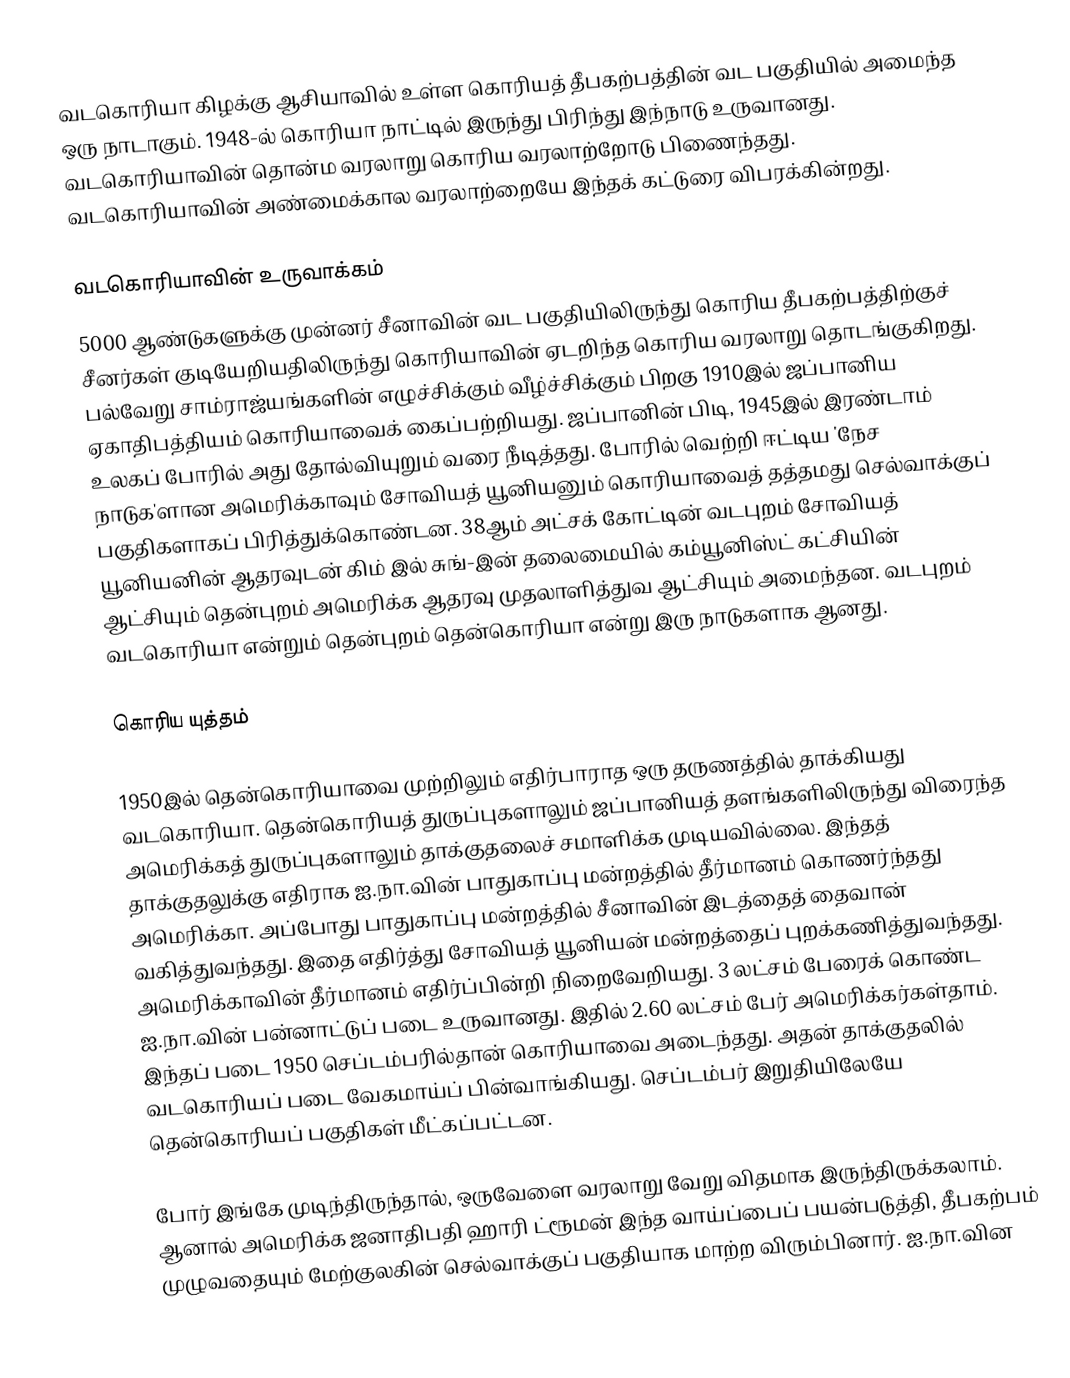
வடகொரியா கிழக்கு ஆசியாவில் உள்ள கொரியத் தீபகற்பத்தின் வட பகுதியில் அமைந்த ஒரு நாடாகும். 1948-ல் கொரியா நாட்டில் இருந்து பிரிந்து இந்நாடு உருவானது. வடகொரியாவின் தொன்ம வரலாறு கொரிய வரலாற்றோடு பிணைந்தது.  வடகொரியாவின் அண்மைக்கால வரலாற்றையே இந்தக் கட்டுரை விபரக்கின்றது.

வடகொரியாவின் உருவாக்கம்
5000 ஆண்டுகளுக்கு முன்னர் சீனாவின் வட பகுதியிலிருந்து கொரிய தீபகற்பத்திற்குச் சீனர்கள் குடியேறியதிலிருந்து கொரியாவின் ஏடறிந்த கொரிய வரலாறு தொடங்குகிறது. பல்வேறு சாம்ராஜ்யங்களின் எழுச்சிக்கும் வீழ்ச்சிக்கும் பிறகு 1910இல் ஜப்பானிய ஏகாதிபத்தியம் கொரியாவைக் கைப்பற்றியது. ஜப்பானின் பிடி, 1945இல் இரண்டாம் உலகப் போரில் அது தோல்வியுறும் வரை நீடித்தது. போரில் வெற்றி ஈட்டிய 'நேச நாடுக'ளான அமெரிக்காவும் சோவியத் யூனியனும் கொரியாவைத் தத்தமது செல்வாக்குப் பகுதிகளாகப் பிரித்துக்கொண்டன. 38ஆம் அட்சக் கோட்டின் வடபுறம் சோவியத் யூனியனின் ஆதரவுடன் கிம் இல் சுங்-இன் தலைமையில் கம்யூனிஸ்ட் கட்சியின் ஆட்சியும் தென்புறம் அமெரிக்க ஆதரவு முதலாளித்துவ ஆட்சியும் அமைந்தன.  வடபுறம் வடகொரியா என்றும் தென்புறம் தென்கொரியா என்று இரு நாடுகளாக ஆனது.

கொரிய யுத்தம்

1950இல் தென்கொரியாவை முற்றிலும் எதிர்பாராத ஒரு தருணத்தில் தாக்கியது வடகொரியா. தென்கொரியத் துருப்புகளாலும் ஜப்பானியத் தளங்களிலிருந்து விரைந்த அமெரிக்கத் துருப்புகளாலும் தாக்குதலைச் சமாளிக்க முடியவில்லை. இந்தத் தாக்குதலுக்கு எதிராக ஐ.நா.வின் பாதுகாப்பு மன்றத்தில் தீர்மானம் கொணர்ந்தது அமெரிக்கா. அப்போது பாதுகாப்பு மன்றத்தில் சீனாவின் இடத்தைத் தைவான் வகித்துவந்தது. இதை எதிர்த்து சோவியத் யூனியன் மன்றத்தைப் புறக்கணித்துவந்தது. அமெரிக்காவின் தீர்மானம் எதிர்ப்பின்றி நிறைவேறியது. 3 லட்சம் பேரைக் கொண்ட ஐ.நா.வின் பன்னாட்டுப் படை உருவானது. இதில் 2.60 லட்சம் பேர் அமெரிக்கர்கள்தாம். இந்தப் படை 1950 செப்டம்பரில்தான் கொரியாவை அடைந்தது. அதன் தாக்குதலில் வடகொரியப் படை வேகமாய்ப் பின்வாங்கியது. செப்டம்பர் இறுதியிலேயே தென்கொரியப் பகுதிகள் மீட்கப்பட்டன.

போர் இங்கே முடிந்திருந்தால், ஒருவேளை வரலாறு வேறு விதமாக இருந்திருக்கலாம். ஆனால் அமெரிக்க ஜனாதிபதி ஹாரி ட்ரூமன் இந்த வாய்ப்பைப் பயன்படுத்தி, தீபகற்பம் முழுவதையும் மேற்குலகின் செல்வாக்குப் பகுதியாக மாற்ற விரும்பினார். ஐ.நா.வின